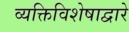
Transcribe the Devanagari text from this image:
व्यक्तिविशेषाद्वारे